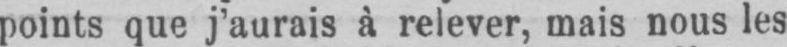
points que j’aurais à relever, mais nous les